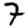
Digit: 7